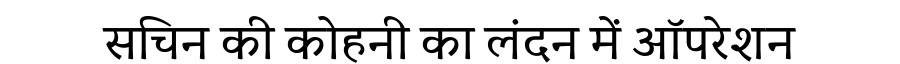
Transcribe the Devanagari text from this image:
सचिन की कोहनी का लंदन में ऑपरेशन